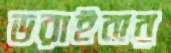
ডরাইবার